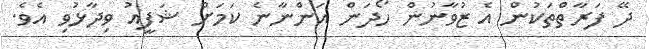
ދޭ ފަރާތްތަކުން އެ ޒުވާނުން ހޯދަން އަންނާނެ ކަމަށް ޝަފީއު ވިދާޅުވި އެވެ.